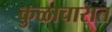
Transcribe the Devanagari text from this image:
कुळाचारात